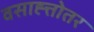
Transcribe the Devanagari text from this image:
वसाह्त्तोतर